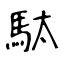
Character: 駄